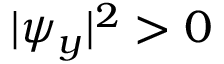
{ | \psi _ { y } | ^ { 2 } > 0 }